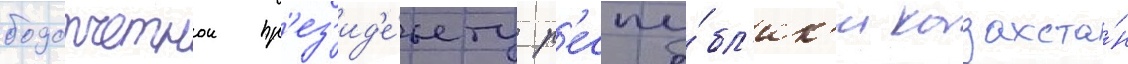
подотчетнои пр'ез'ид'е́нту р'еспу́бл'ик'и казахста́н